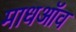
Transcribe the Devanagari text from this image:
माधऑव